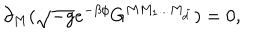
LaTeX: \partial _ { M } ( \sqrt { - g } e ^ { - \beta \phi } G ^ { M M _ { 1 } . . . M _ { { \tilde { d } } } } ) = 0 ,